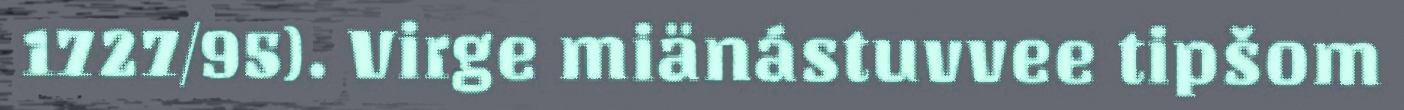
1727/95). Virge miänástuvvee tipšom